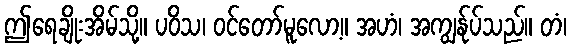
ဤရေချိုးအိမ်သို့။ ပဝိသ၊ ဝင်တော်မူလော့။ အဟံ၊ အကျွန်ုပ်သည်။ တံ၊